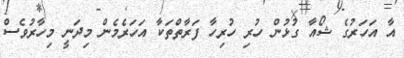
އާ އަހަރުގެ ޝޯއާ ގުޅުން ހުރި ހުރިހާ ފަރާތްތަކާ އަހަރެމެން މިދަނީ މިހާރުވެސް